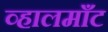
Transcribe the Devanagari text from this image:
व्हालमाँट